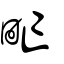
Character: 甿